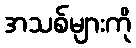
အသစ်များကို